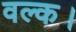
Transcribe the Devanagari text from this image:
वल्क।